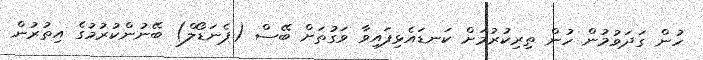
ހުން ގަދަވުމުން ހުން ތިރިކުރުމަށް ކަނޑައެޅިފައިވާ ވަގުތަށް ބޭސް (ޕެނަޑޯލް) ބޭނުންކުރުމުގެ އިތުރުން